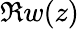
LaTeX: \Re w(z)